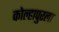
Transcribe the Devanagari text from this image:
कोल्हापुरला